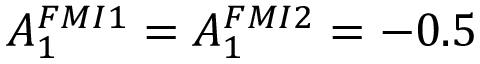
A _ { 1 } ^ { F M I { 1 } } = A _ { 1 } ^ { F M I { 2 } } = - 0 . 5